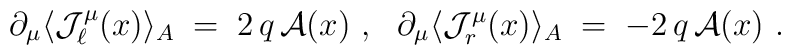
\partial_\mu \langle {\mathcal J}_\ell^\mu (x)\rangle_A \;=\;2\,q\,{\mathcal A}(x)~,~~ \partial_\mu \langle {\mathcal J}_r^\mu(x)\rangle_A \;=\; - 2\,q\,{\mathcal A} (x)~.